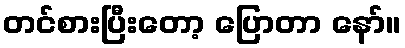
တင်စားပြီးတော့ ပြောတာ နော်။